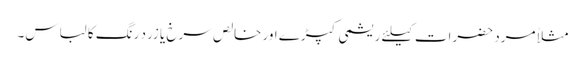
مثلاً مرد حضرات کیلئے ریشمی کپڑے اور خالص سرخ یا زرد رنگ کا لباس۔